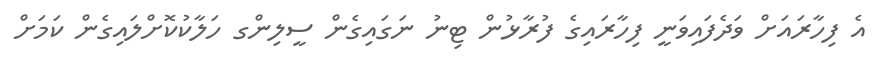
އެ ފިހާރައަށް ވަދެފައިވަނީ ފިހާރައިގެ ފުރާޅުން ޓިނު ނަގައިގެން ސީލިންގ ހަލާކުކޮށްލައިގެން ކަމަށް